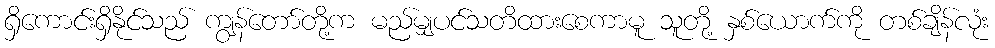
ရှိကောင်းရှိနိုင်သည် ကျွန်တော်တို့က မည်မျှပင်သတိထားစေကာမူ သူတို့ နှစ်ယောက်ကို တစ်ချိန်လုံး